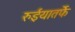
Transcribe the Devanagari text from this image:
रुईयातर्फे